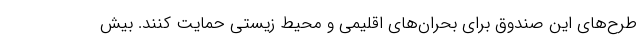
طرح‌های این صندوق برای بحران‌های اقلیمی و محیط زیستی حمایت کنند. بیش